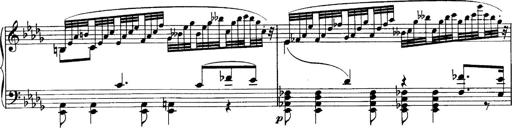
Title: Sonatina No.6
Composer: Ferruccio Busoni